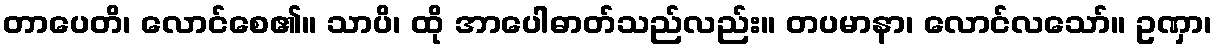
တာပေတိ၊ လောင်စေ၏။ သာပိ၊ ထို အာပေါဓာတ်သည်လည်း။ တပမာနာ၊ လောင်လသော်။ ဥဏှာ၊